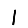
Digit: 1